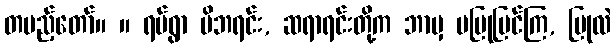
တပည့်တော်။ ။ ရပ်ရွာ မိဘရင်း, ဆရာရင်းတို့က ဘာမှ မပြုပြင်ကြ, ပြုလဲ